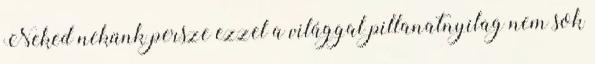
Neked nekünk persze ezzel a világgal pillanatnyilag nem sok